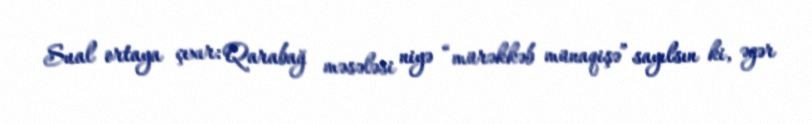
Sual ortaya çıxır: Qarabağ məsələsi niyə “mürəkkəb münaqişə” sayılsın ki, əgər